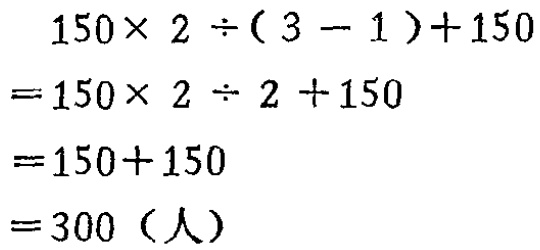
\[
\begin{align*}
&150\times 2\div(3 - 1)+150\\
=&150\times 2\div 2 + 150\\
=&150 + 150\\
=&300（人）
\end{align*}
\]